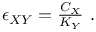
\begin{array} { r } { \epsilon _ { X Y } = \frac { C _ { X } } { K _ { Y } } ~ . } \end{array}